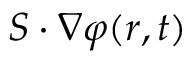
\boldsymbol { S } \cdot \boldsymbol { \nabla } \varphi ( \boldsymbol { r } , t )